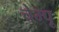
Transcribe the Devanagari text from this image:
चेम्पू